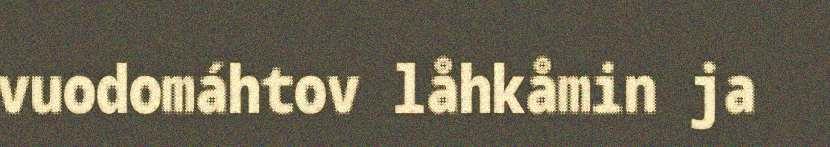
vuodomáhtov låhkåmin ja